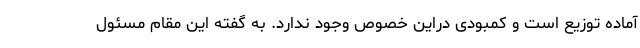
آماده توزیع است و کمبودی دراین خصوص وجود ندارد. به گفته این مقام مسئول